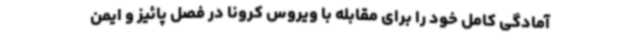
آمادگی کامل خود را برای مقابله با ویروس کرونا در فصل پائیز و ایمن